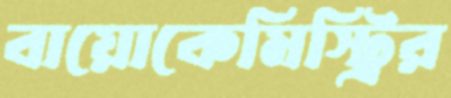
বায়োকেমিস্ট্রির